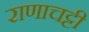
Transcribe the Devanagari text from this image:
राणाचट्टी